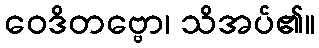
ဝေဒိတဗ္ဗော၊ သိအပ်၏။